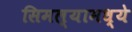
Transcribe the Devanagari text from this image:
सिमल्यामध्ये